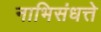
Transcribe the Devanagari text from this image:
नाभिसंधत्ते